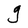
Character: g